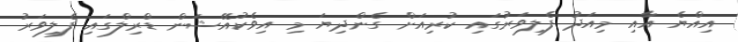
އިއްޔެ އާއި މިއަދު ފެލިވަރުގައި ކުރިއަށް ގެންދިޔަ މި އިވެކުއޭޝަން ޑްރިލްގައި ފެލިވަރު